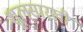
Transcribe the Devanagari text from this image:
शूलसारखी